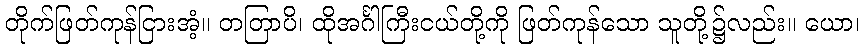
တိုက်ဖြတ်ကုန်ငြားအံ့။ တတြာပိ၊ ထိုအင်္ဂါကြီးငယ်တို့ကို ဖြတ်ကုန်သော သူတို့၌လည်း။ ယော၊